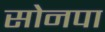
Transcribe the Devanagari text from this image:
सोनपा